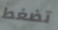
تضغط